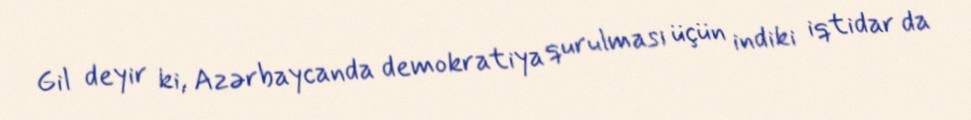
Gil deyir ki, Azərbaycanda demokratiya qurulması üçün indiki iqtidar da